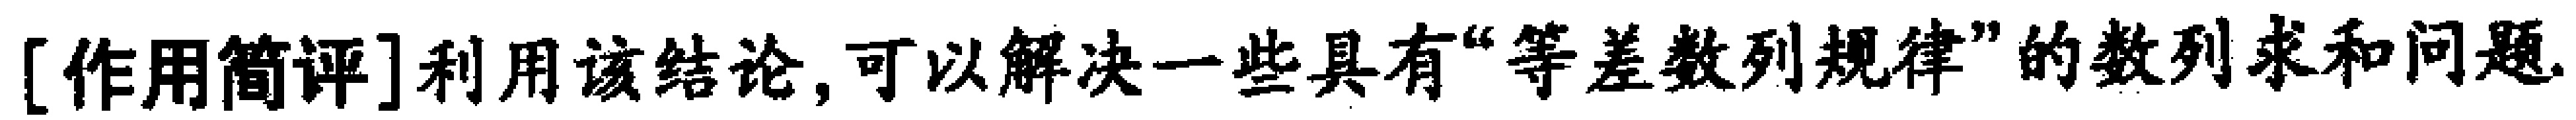
[作用简评]利用该结论,可以解决一些具有“等差数列规律”的数列求和问题